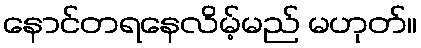
နောင်တရနေလိမ့်မည် မဟုတ်။